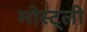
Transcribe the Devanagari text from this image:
मोस्ट्ली